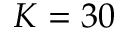
K = 3 0